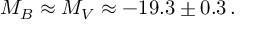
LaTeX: \ M _ { B } \approx M _ { V } \approx - 1 9 . 3 \pm 0 . 3 \, .